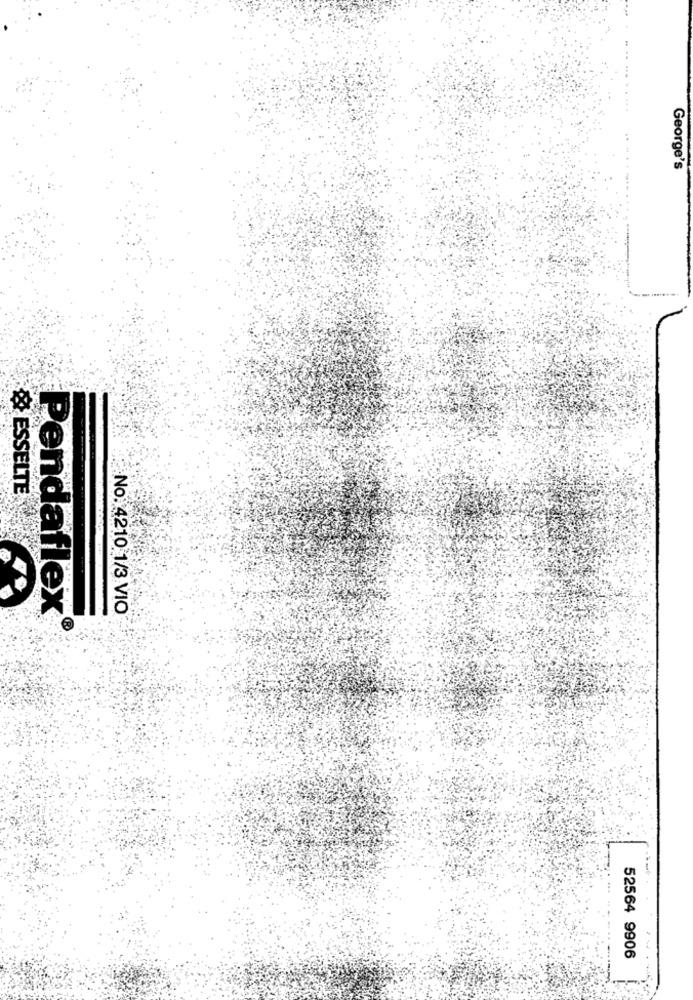
George's
& ESSELTE
No. 4210 1/3 VIO
Pendaflex
52564 9906